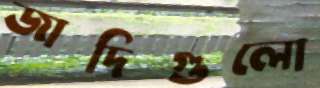
জাদিগুলো